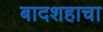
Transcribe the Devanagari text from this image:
बादशहाचा